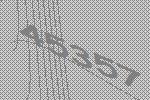
45357